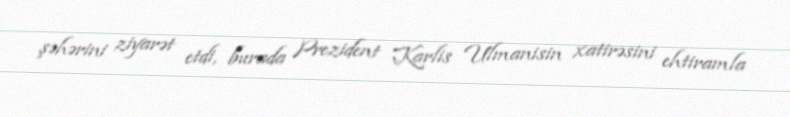
şəhərini ziyarət etdi, burada Prezident Karlis Ulmanisin xatirəsini ehtiramla